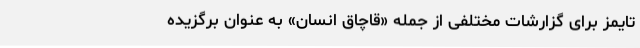
تایمز برای گزارشات مختلفی از جمله «قاچاق انسان» به عنوان برگزیده